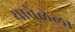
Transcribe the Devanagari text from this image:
यावेळेला